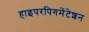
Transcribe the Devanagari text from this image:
हाइपरपिगमेंटेशन